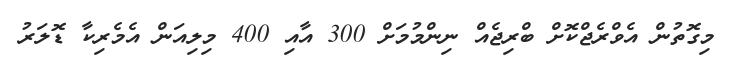
މިގޮތުން އެވްރެޖްކޮށް ބްރިޖެއް ނިންމުމަށް 300 އާއި 400 މިލިއަން އެމެރިކާ ޑޮލަރު